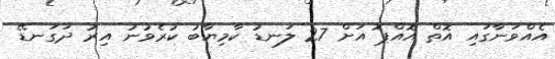
އެއްވަނާގައި އޮތް އޮއްޕޮ އަށް 27 ލަނޑު ކާމިޔާބު ކުރެވުނު އިރު ދަގަނޑޭ